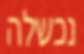
נכשלה